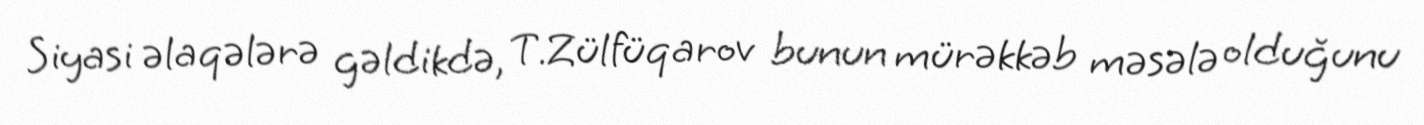
Siyasi əlaqələrə gəldikdə, T.Zülfüqarov bunun mürəkkəb məsələ olduğunu